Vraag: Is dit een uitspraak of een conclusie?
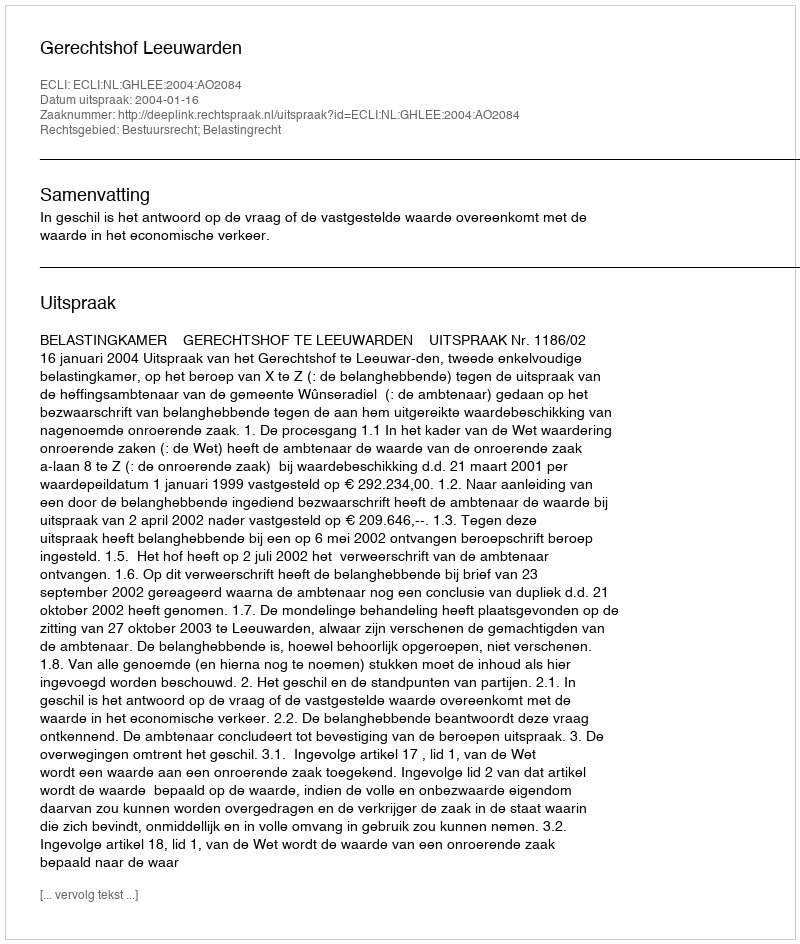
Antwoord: Uitspraak